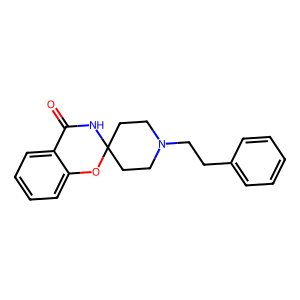
SMILES: O=C1NC2(CCN(CCc3ccccc3)CC2)Oc2ccccc21
Inhibits HIV replication: No